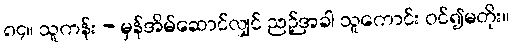
၈၄။ သူကန်း - မှန်အိမ်ဆောင်လျှင် ညဉ့်အခါ သူကောင်း ဝင်၍မတိုး။